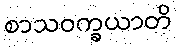
စာသဝက္ခယာတိ